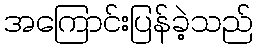
အကြောင်းပြန်ခဲ့သည်